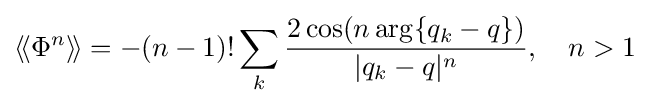
\langle \!\langle \Phi ^{n}\rangle \!\rangle =-(n-1)!\sum _{k}{\frac {2\cos(n\arg\{q_{k}-q\})}{|q_{k}-q|^{n}}},\quad n>1